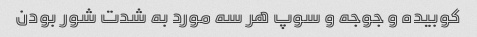
کوبیده و جوجه و سوپ هر سه مورد به شدت شور بودن